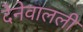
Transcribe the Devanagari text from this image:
देनेवालली